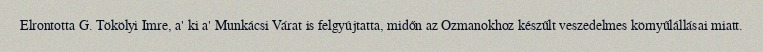
Elrontotta G. Tökölyi Imre, a' ki a' Munkácsi Várat is felgyújtatta, midőn az Ozmanokhoz készűlt veszedelmes környűlállásai miatt.